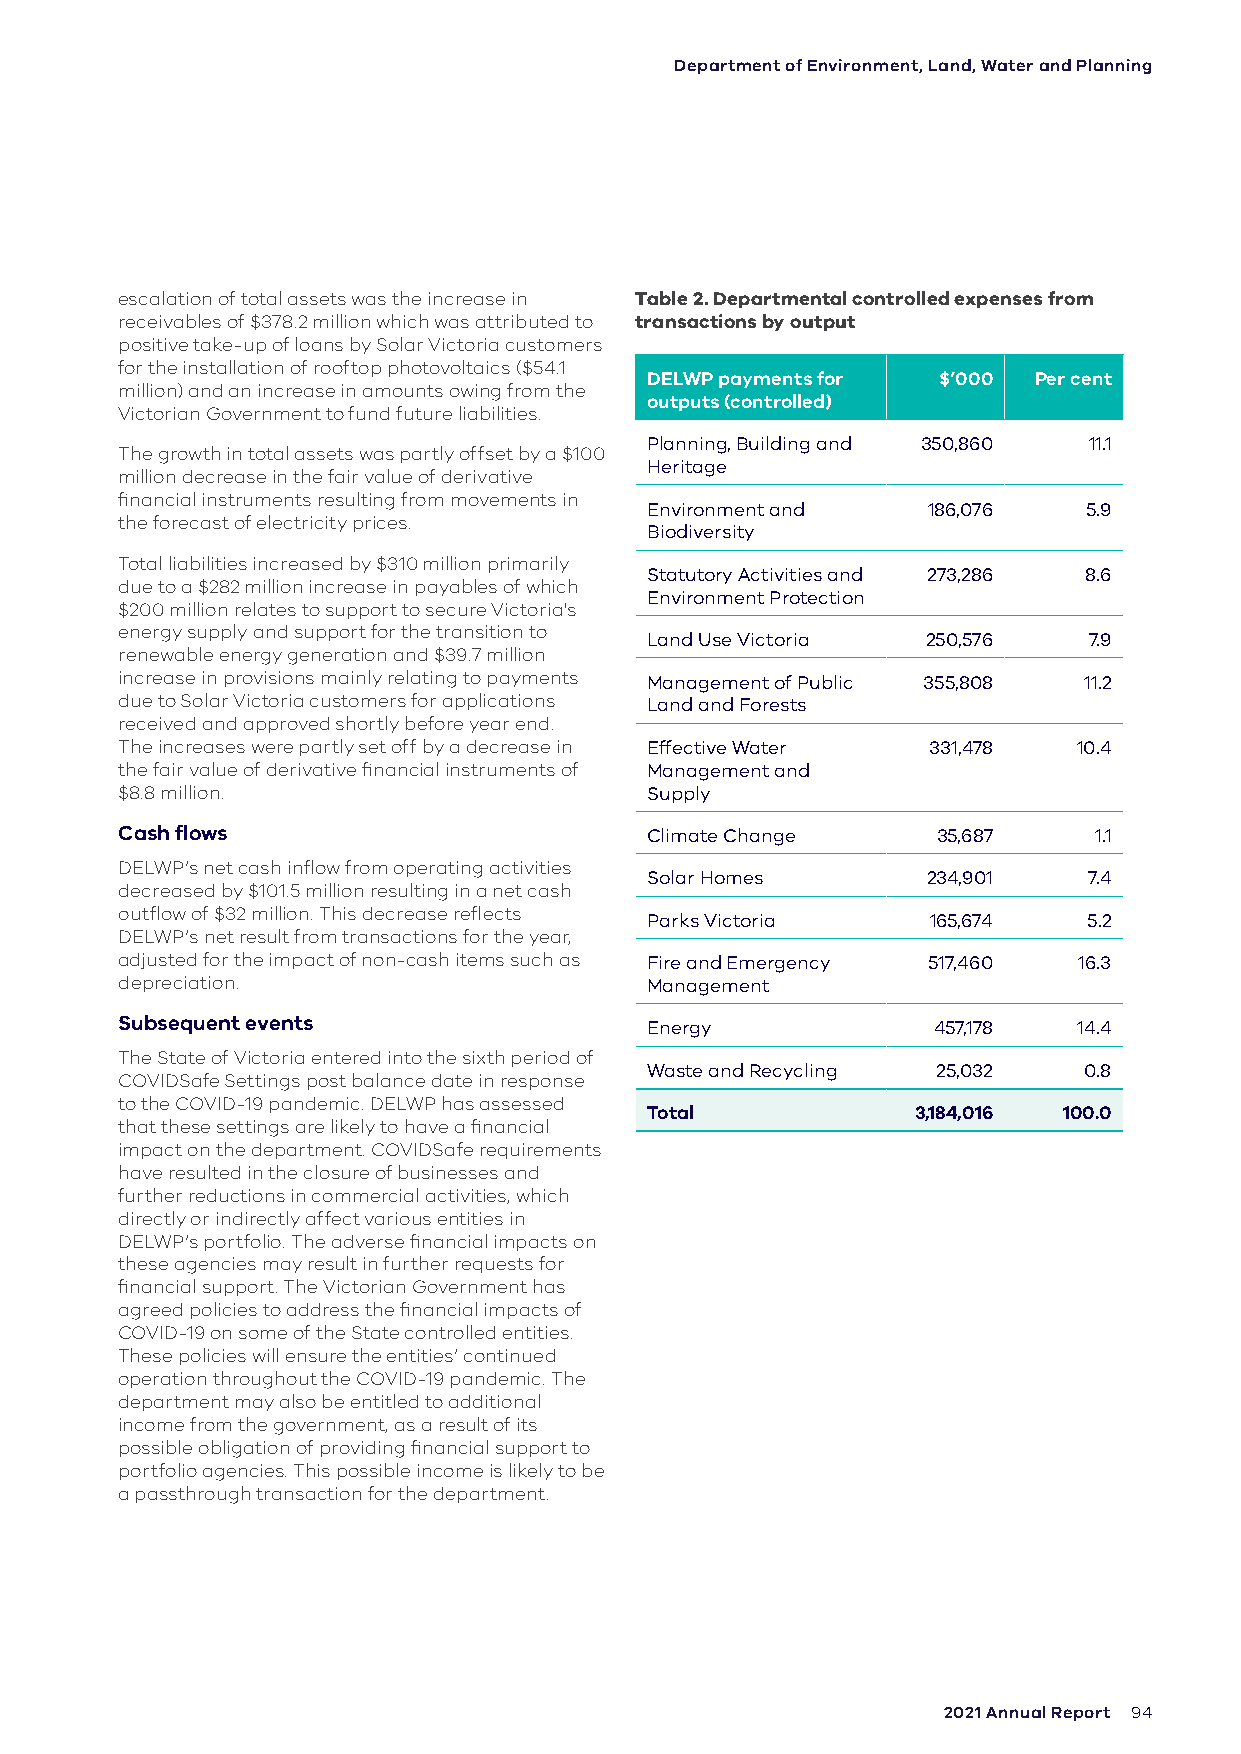
Department of Environment, Land, Water and Planning
 escalation of total assets was the increase in Table 2. Departmental controlled expenses from
 receivables of $378.2 million which was attributed to transactions by output
 positive take-up of loans by Solar Victoria customers
 for the installation of rooftop photovoltaics ($54.1
 DELWP payments for $’000 Per cent
 million) and an increase in amounts owing from the
 outputs (controlled)
 Victorian Government to fund future liabilities.
 Planning, Building and 350,860 11.1
 The growth in total assets was partly offset by a $100
 Heritage
 million decrease in the fair value of derivative
 financial instruments resulting from movements in
 Environment and   186,076    5.9
 the forecast of electricity prices.
 Biodiversity
 Total liabilities increased by $310 million primarily
 Statutory Activities and 273,286 8.6
 due to a $282 million increase in payables of which
 Environment Protection
 $200 million relates to support to secure Victoria's
 energy supply and support for the transition to
 Land Use Victoria 250,576    7.9
 renewable energy generation and $39.7 million
 increase in provisions mainly relating to payments Management of Public 355,808 11.2
 due to Solar Victoria customers for applications Land and Forests
 received and approved shortly before year end.
 The increases were partly set off by a decrease in Effective Water 331,478 10.4
 the fair value of derivative financial instruments of Management and
 $8.8 million.                      Supply
 Cash flows                         Climate Change     35,687    1.1
 DELWP’s net cash inflow from operating activities
 Solar Homes       234,901    7.4
 decreased by $101.5 million resulting in a net cash
 outflow of $32 million. This decrease reflects
 Parks Victoria     165,674   5.2
 DELWP’s net result from transactions for the year,
 adjusted for the impact of non-cash items such as Fire and Emergency 517,460 16.3
 depreciation.                      Management
 Subsequent events
 Energy             457,178  14.4
 The State of Victoria entered into the sixth period of
 Waste and Recycling 25,032   0.8
 COVIDSafe Settings post balance date in response
 to the COVID-19 pandemic. DELWP has assessed
 Total             3,184,016 100.0
 that these settings are likely to have a financial
 impact on the department. COVIDSafe requirements
 have resulted in the closure of businesses and
 further reductions in commercial activities, which
 directly or indirectly affect various entities in
 DELWP’s portfolio. The adverse financial impacts on
 these agencies may result in further requests for
 financial support. The Victorian Government has
 agreed policies to address the financial impacts of
 COVID-19 on some of the State controlled entities.
 These policies will ensure the entities’ continued
 operation throughout the COVID-19 pandemic. The
 department may also be entitled to additional
 income from the government, as a result of its
 possible obligation of providing financial support to
 portfolio agencies. This possible income is likely to be
 a passthrough transaction for the department.
 2021 Annual Report 94